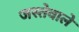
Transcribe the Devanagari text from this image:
जस्तेवाले